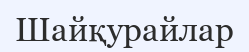
Шайқурайлар